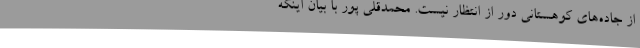
از جاده‌های کوهستانی دور از انتظار نیست. محمدقلی پور با بیان اینکه